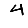
Digit: 4